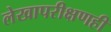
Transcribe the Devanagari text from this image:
लेखापरीक्षणही